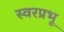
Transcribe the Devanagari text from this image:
स्वरप्रभू